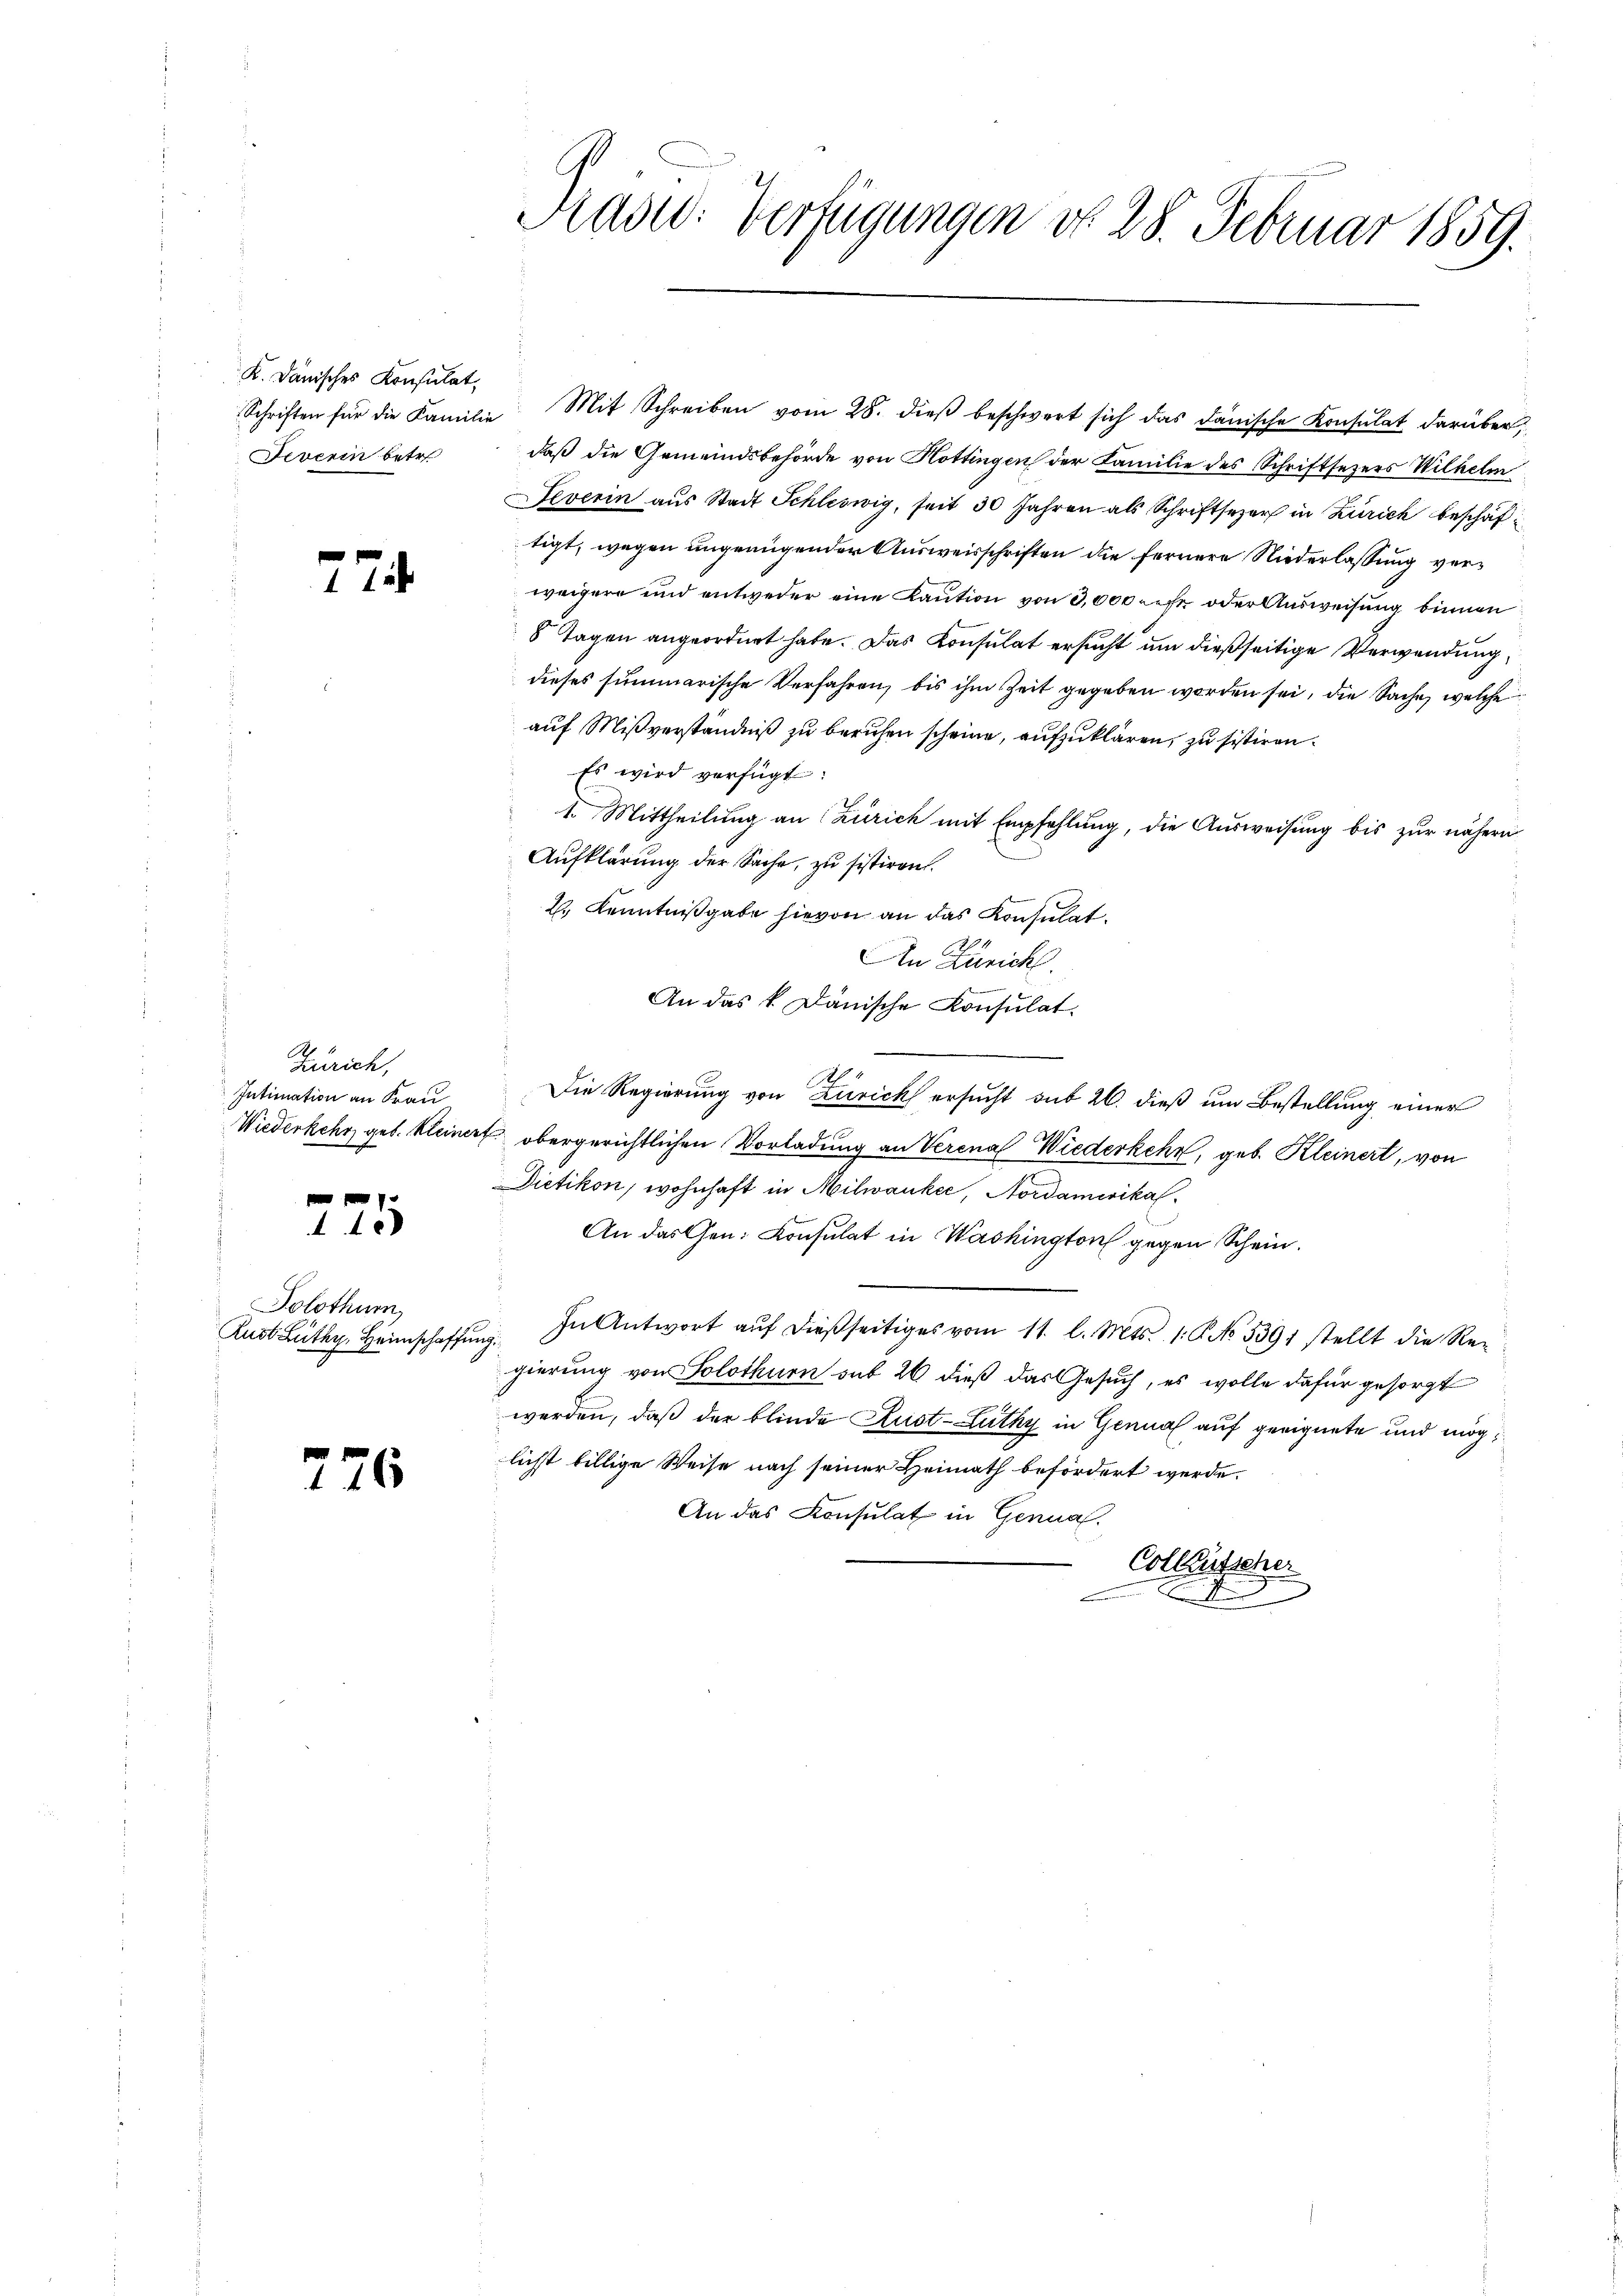
K. Dänisches Konsulat,
Deverin betr.

274

Zürich,
Intimation an Frau
7

40

Tolothum
Rust Lüthy, Heimschaffe

276

Kad: Verfügungen do 28. Februar 1859.

Schriften für die Familie Mit Schreiben vom 28. dieβ beschwert sich das danische Konsulat darüber
daß die Gemeindsbehörde von Hottingen der Familie des Schriftsetzers Wilhelm
Severin aus Stadt Schleswig, seit 30 Jahren als Schriftseer in Zürich beschäftigt, wegen ungenügender Ausweisschriften die fernere Niederlassung verweigere und entweder eine Kaution von 3,000 mehr oder Ausweisung binnen
8 Tagen angeordnet habe. Das Konsulat ersucht um dießseitige Verwendung
dieses summarische Verfahren, bis ihm Zeit gegeben worden sei, die Sache, welche
auf Mißverständniß zu beruhen scheine, aufzuklären, zu sistiren.
Es wird verfügt:
1. Mittheilung an Zürich mit Empfehlung, die Ausweisung bis zur nähern
Aufklärung der Sache, zu sistiren.
2.) Kenntnißgabe hievon an das Konsulat
An Zürich.
An das k. Dänische Konsulat.
t
Die Regierung von Zürich ersucht aus 26. dieß um Bestellung einer
Wiederkehr geb. Kleinert obergerichtlichen Vorladung an Verena Wiederkehr, geb. Kleinert, von
Dietikon, wohnhaft in Milwanker, Nordamerikas
An das Gen. Konsulat in Washington gegen Schein.
In Antwort aŭf dießseitiges vom 11. l. Mts. 1. No. 5391 stellt die Re-
ung.
gierung von Solothurn sub 26 dieß das Gesuch, es wolle dafür gesorgt
werden, daß der blinde Rust- Lüthy in Genual auf geeignete und möglichst billige Weise nach seiner Heimath befördert werde.
An das Konsulat in Genual¬
Colleütsche
.